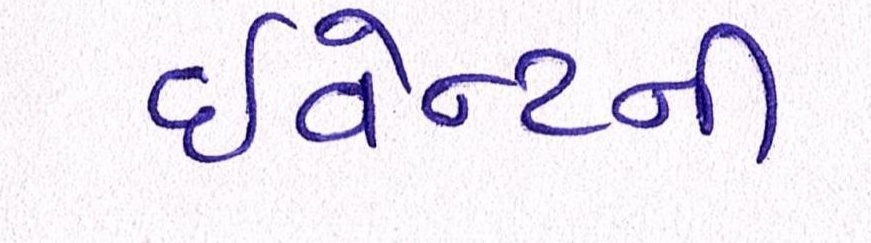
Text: ઇવેન્ટની